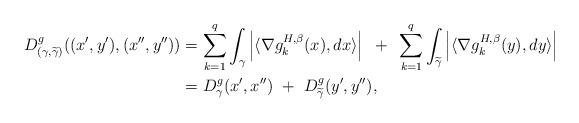
LaTeX: \begin{align*}D_{(\gamma, \widetilde{\gamma})}^{g}((x',y'),(x'',y'')) &= \sum\limits_{k=1}^{q}\int_\gamma\left|\langle \nabla g_{k}^{H,\beta}(x),dx\rangle \right | ~+~ \sum\limits_{k=1}^{q}\int_{\widetilde{\gamma}}\left|\langle \nabla g_{k}^{H,\beta}(y),dy\rangle \right |\\&= D_\gamma^{g}(x',x'') ~+~ D_{\widetilde{\gamma}}^{g}(y',y''),\end{align*}